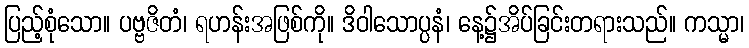
ပြည့်စုံသော။ ပဗ္ဗဇိတံ၊ ရဟန်းအဖြစ်ကို။ ဒိဝါသောပ္ပနံ၊ နေ့၌အိပ်ခြင်းတရားသည်။ ကသ္မာ၊